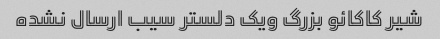
شیر کاکائو بزرگ ویک دلستر سیب ارسال نشده